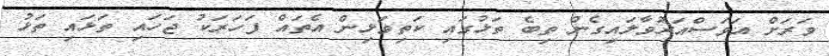
ވަރަށް އަވަސްއަރުވާލައިގެން ތިބެ ތަޅުގައި ކަތިވަޅިން އެތައް ފަހަރަކު ޖަހައި ތަޅައި ތަޅު